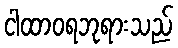
ငါထာဝရဘုရားသည်